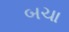
બચા